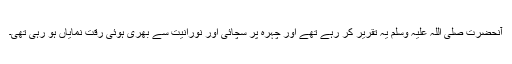
آنحضرت صلی اللہ علیہ وسلم یہ تقریر کر رہے تھے اور چہرہ پر سچائی اور نورانیت سے بھری ہوئی رِقّت نمایاں ہو رہی تھی۔